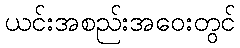
ယင်းအစည်းအဝေးတွင်